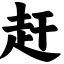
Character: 赶